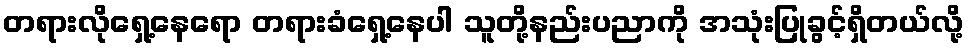
တရားလိုရှေ့နေရော တရားခံရှေ့နေပါ သူတို့နည်းပညာကို အသုံးပြုခွင့်ရှိတယ်လို့